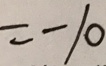
= - 1 0